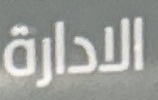
الادارة